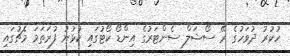
ހުކުރު ދުވަހުގެ ރޭ ސޯޝަލް ސެންޓަރުގެ އިންޑޯ ކޯޓުގައި ކުޅުނު ފުރަތަމަ މެޗުގައި